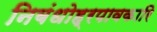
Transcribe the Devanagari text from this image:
निबंधोह्रपावकारि